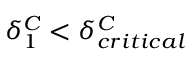
\delta _ { 1 } ^ { C } < \delta _ { c r i t i c a l } ^ { C }